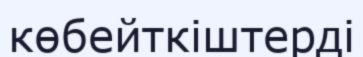
көбейткіштерді